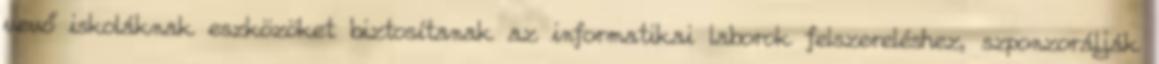
vevő iskoláknak eszközöket biztosítanak az informatikai laborok felszereléshez, szponzorálják